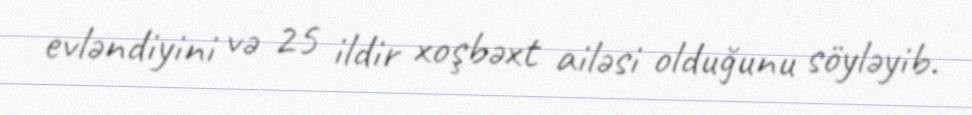
evləndiyini və 25 ildir xoşbəxt ailəsi olduğunu söyləyib.